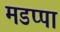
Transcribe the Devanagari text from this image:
मडप्पा